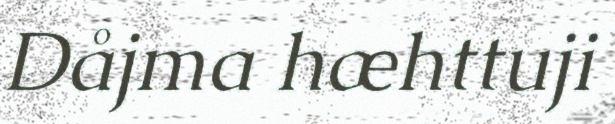
Dåjma hæhttuji